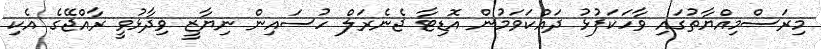
މިރަސްމިއްޔާތުގައި ވާހަކަފުޅު ދައްކަވަމުން އޮޑިޓާ ޖެނެރަލް ހުސައިން ނިޔާޒީ ވިދާޅުވީ ރާއްޖޭގެ އެކި